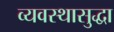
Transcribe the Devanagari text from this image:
व्यवस्थासुद्धा